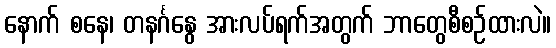
နောက် စနေ၊ တနင်္ဂနွေ အားလပ်ရက်အတွက် ဘာတွေစီစဉ်ထားလဲ။